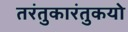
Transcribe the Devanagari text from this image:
तरंतुकारंतुकयो